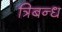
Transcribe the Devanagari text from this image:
त्रिबन्ध